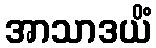
အာသာဒယိံ